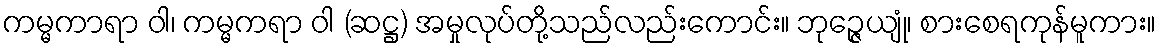
ကမ္မကာရာ ဝါ၊ ကမ္မကရာ ဝါ (ဆဋ္ဌ) အမှုလုပ်တို့သည်လည်းကောင်း။ ဘုဉ္ဇေယျုံ၊ စားစေရကုန်မူကား။